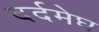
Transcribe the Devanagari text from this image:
दर्दमेघ